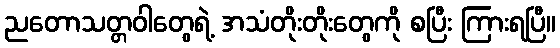
ညတောသတ္တဝါတွေရဲ့ အသံတိုးတိုးတွေကို စပြီး ကြားရပြီ။